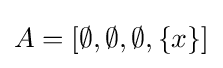
A=[\emptyset ,\emptyset ,\emptyset ,\{x\}]